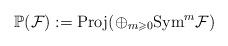
LaTeX: \begin{align*}\mathbb{P}(\mathcal{F}):=\textrm{Proj}(\oplus_{m\geqslant0}\textrm{Sym}^{m}\mathcal{F})\end{align*}